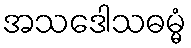
အသဒေါသဓမ္မံ